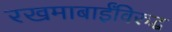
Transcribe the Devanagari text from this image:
रखमाबाईंविरुद्ध